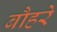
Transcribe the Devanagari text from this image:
बौहरे